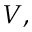
V ,